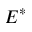
E ^ { \ast }